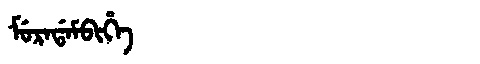
Manchu: ᠮᡠᡵᠠᡩᠠᠮᠪᡳᡥᡝ
Romanization: MURADAMBIHE